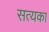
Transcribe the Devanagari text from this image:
सत्यका